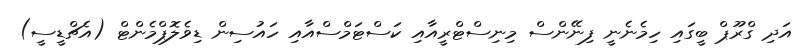
އަދި ގްރޫޕް ބީގައި ހިމެނެނީ ފިނޭންސް މިނިސްޓްރީއާއި ކަސްޓަމްސްއާއި ހައުސިން ޑިވެލޮޕްމެންޓް (އެޗްޑީސީ)